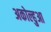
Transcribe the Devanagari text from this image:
अकोल्हुआ